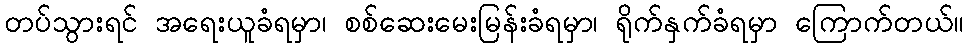
တပ်သွားရင် အရေးယူခံရမှာ၊ စစ်ဆေးမေးမြန်းခံရမှာ၊ ရိုက်နှက်ခံရမှာ ကြောက်တယ်။